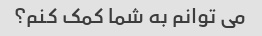
می توانم به شما کمک کنم؟